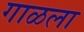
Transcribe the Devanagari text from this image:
गाळला